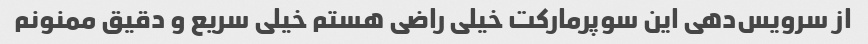
از سرویس‌دهی این سوپرمارکت خیلی راضی هستم خیلی سریع و دقیق ممنونم